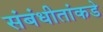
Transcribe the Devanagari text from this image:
संबंधीतांकडे